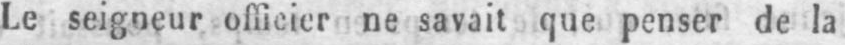
Le seigneur officier ne savait que penser de la